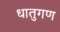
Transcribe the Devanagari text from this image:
धातुगण